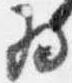
為